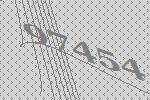
97454